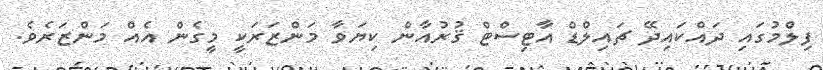
ފިލްމުގައި ދައްކައިދޭ ޗައިލްޑް އާޓިސްޓް ޤުރުއާން ކިޔަވާ މަންޒަރަކީ މީގެން އެއް މަންޒަރެވެ.